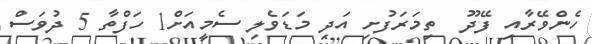
ހެންވޭރާއި ފޭދޫ  ތިމަރަފުށި އަދި މަޑަވެލި ސެމީއަށް1 ހަފްތާ 5 ދުވަސް